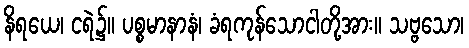
နိရယေ၊ ငရဲ၌။ ပစ္စမာနာနံ၊ ခံရကုန်သောငါတို့အား။ သဗ္ဗသော၊